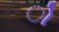
ો